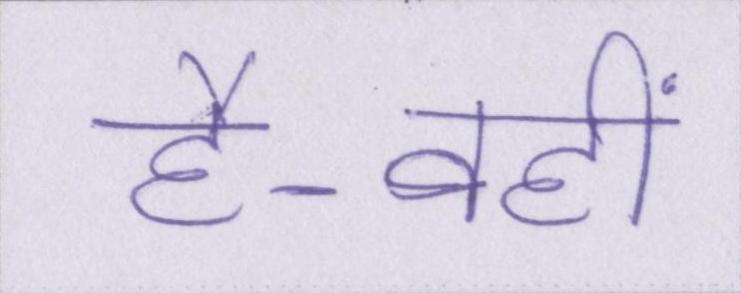
है-वहीं